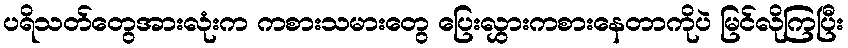
ပရိသတ်တွေအားလုံးက ကစားသမားတွေ ပြေးလွှားကစားနေတာကိုပဲ မြင်လိုကြပြီး